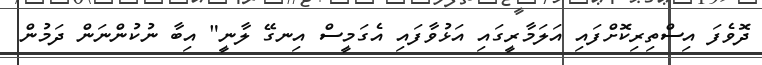
ދޮވެފަ އިސްތިރިކޮށްފައި އަލަމާރީގައި އަޅުވާފައި އެގަމީސް އިނގޭ ލާނީ" އިބާ ނުކުންނަން ދަމުން